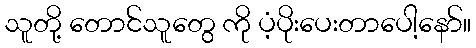
သူတို့ တောင်သူတွေ ကို ပံ့ပိုးပေးတာပေါ့နော်။